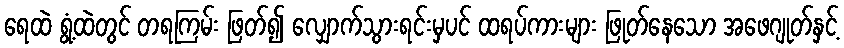
ရေထဲ ရွံ့ထဲတွင် တရကြမ်း ဖြတ်၍ လျှောက်သွားရင်းမှပင် ထရပ်ကားများ ဖြုတ်နေသော အဖေဂျုတ်နှင့်